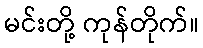
မင်းတို့ ကုန်တိုက်။